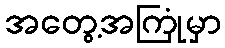
အတွေ့အကြုံမှာ